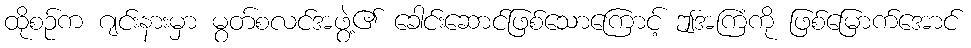
ထိုစဉ်က ဂျင်းနားမှာ မွတ်စလင်အဖွဲ့၏ ခေါင်းဆောင်ဖြစ်သောကြောင့် ဤအကြံကို ဖြစ်မြောက်အောင်